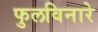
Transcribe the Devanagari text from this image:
फुलविनारे